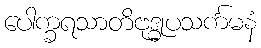
ပေါက္ခရသာတိဗုဒ္ဓုပသင်္ကမနံ